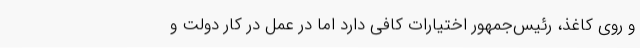
و روی کاغذ، رئیس‌جمهور اختیارات کافی دارد اما در عمل در کار دولت و